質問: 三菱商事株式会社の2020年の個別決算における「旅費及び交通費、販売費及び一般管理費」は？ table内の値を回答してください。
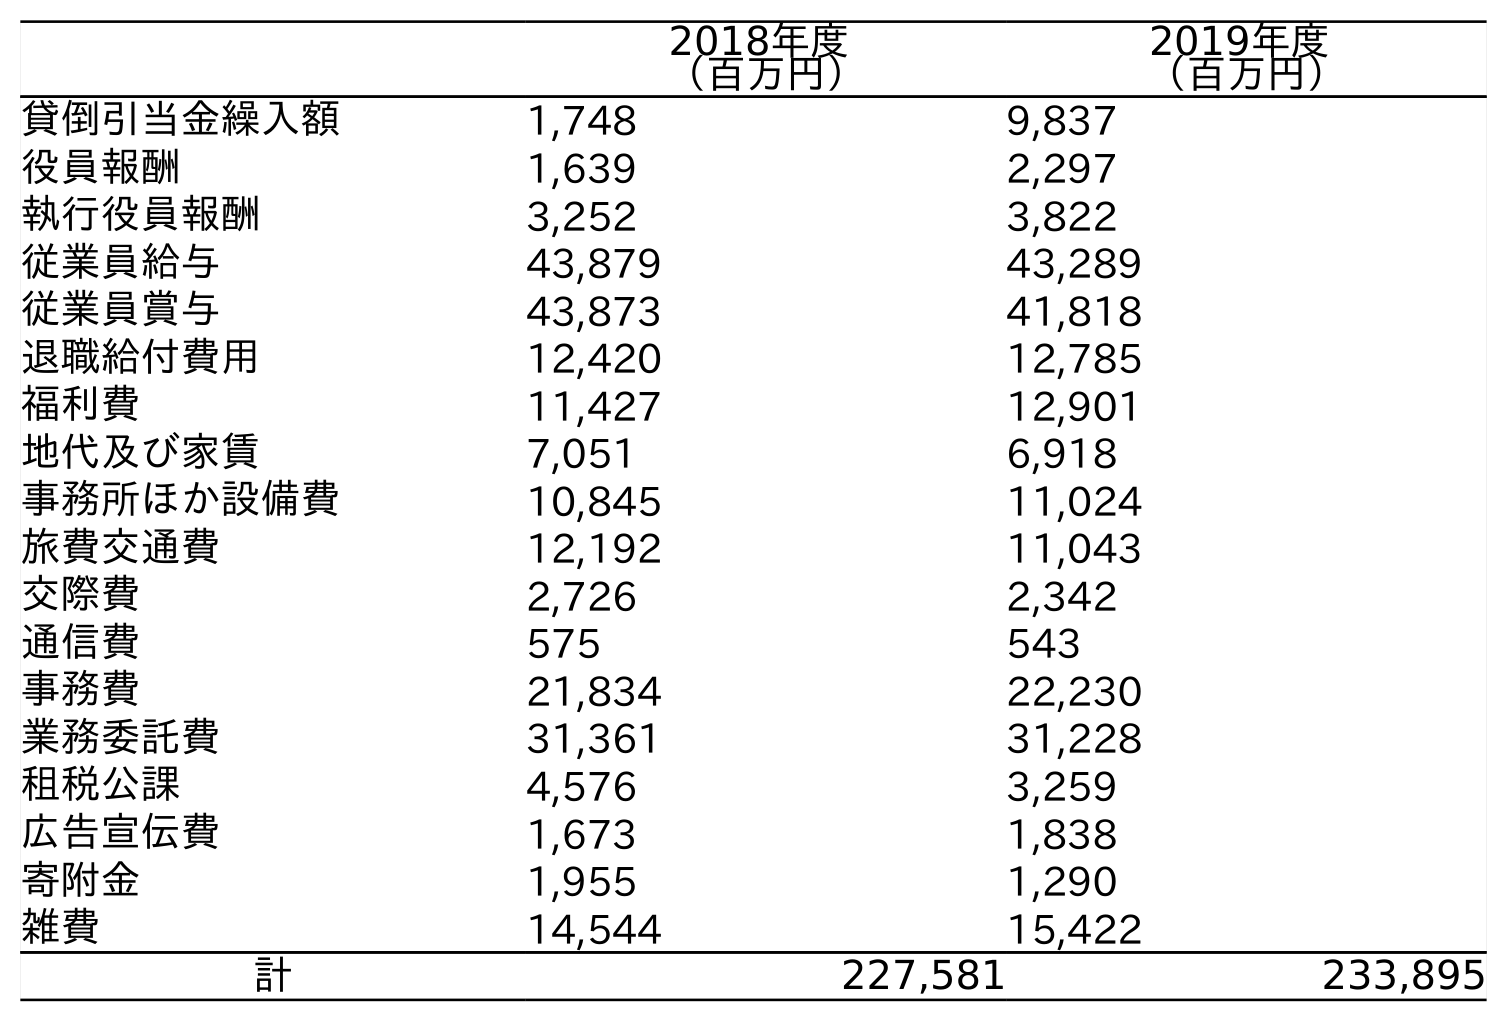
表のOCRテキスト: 2018年度 （百万円） 2019年度 （百万円） 貸倒引当金繰入額 1,748 9,837 役員報酬 1,639 2,297 執行役員報酬 3,252 3,822 従業員給与 43,879 43,289 従業員賞与 43,873 41,818 退職給付費用 12,420 12,785 福利費 11,427 12,901 地代及び家賃 7,051 6,918 事務所ほか設備費 10,845 11,024 旅費交通費 12,192 11,043 交際費 2,726 2,342 通信費 575 543 事務費 21,834 22,230 業務委託費 31,361 31,228 租税公課 4,576 3,259 広告宣伝費 1,673 1,838 寄附金 1,955 1,290 雑費 14,544 15,422 計 227,581 233,895
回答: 11,043